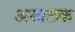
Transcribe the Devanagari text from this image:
अखलक